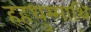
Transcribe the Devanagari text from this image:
हह्धुम्माथि